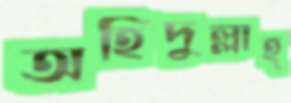
অহিদুল্লাহ্